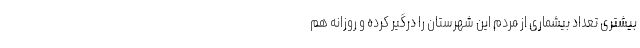
بیشتری تعداد بیشماری از مردم این شهرستان را درگیر کرده و روزانه هم